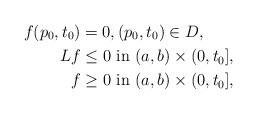
LaTeX: \begin{align*} f(p_0,t_0)&=0, (p_0,t_0) \in D,\\ Lf &\leq 0 \mbox{ in } (a,b)\times (0,t_0],\\ f &\geq 0 \mbox{ in } (a,b)\times (0,t_0], \end{align*}